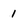
Character: 1